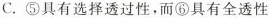
C. ⑤具有选择透过性，而⑥具有全透性